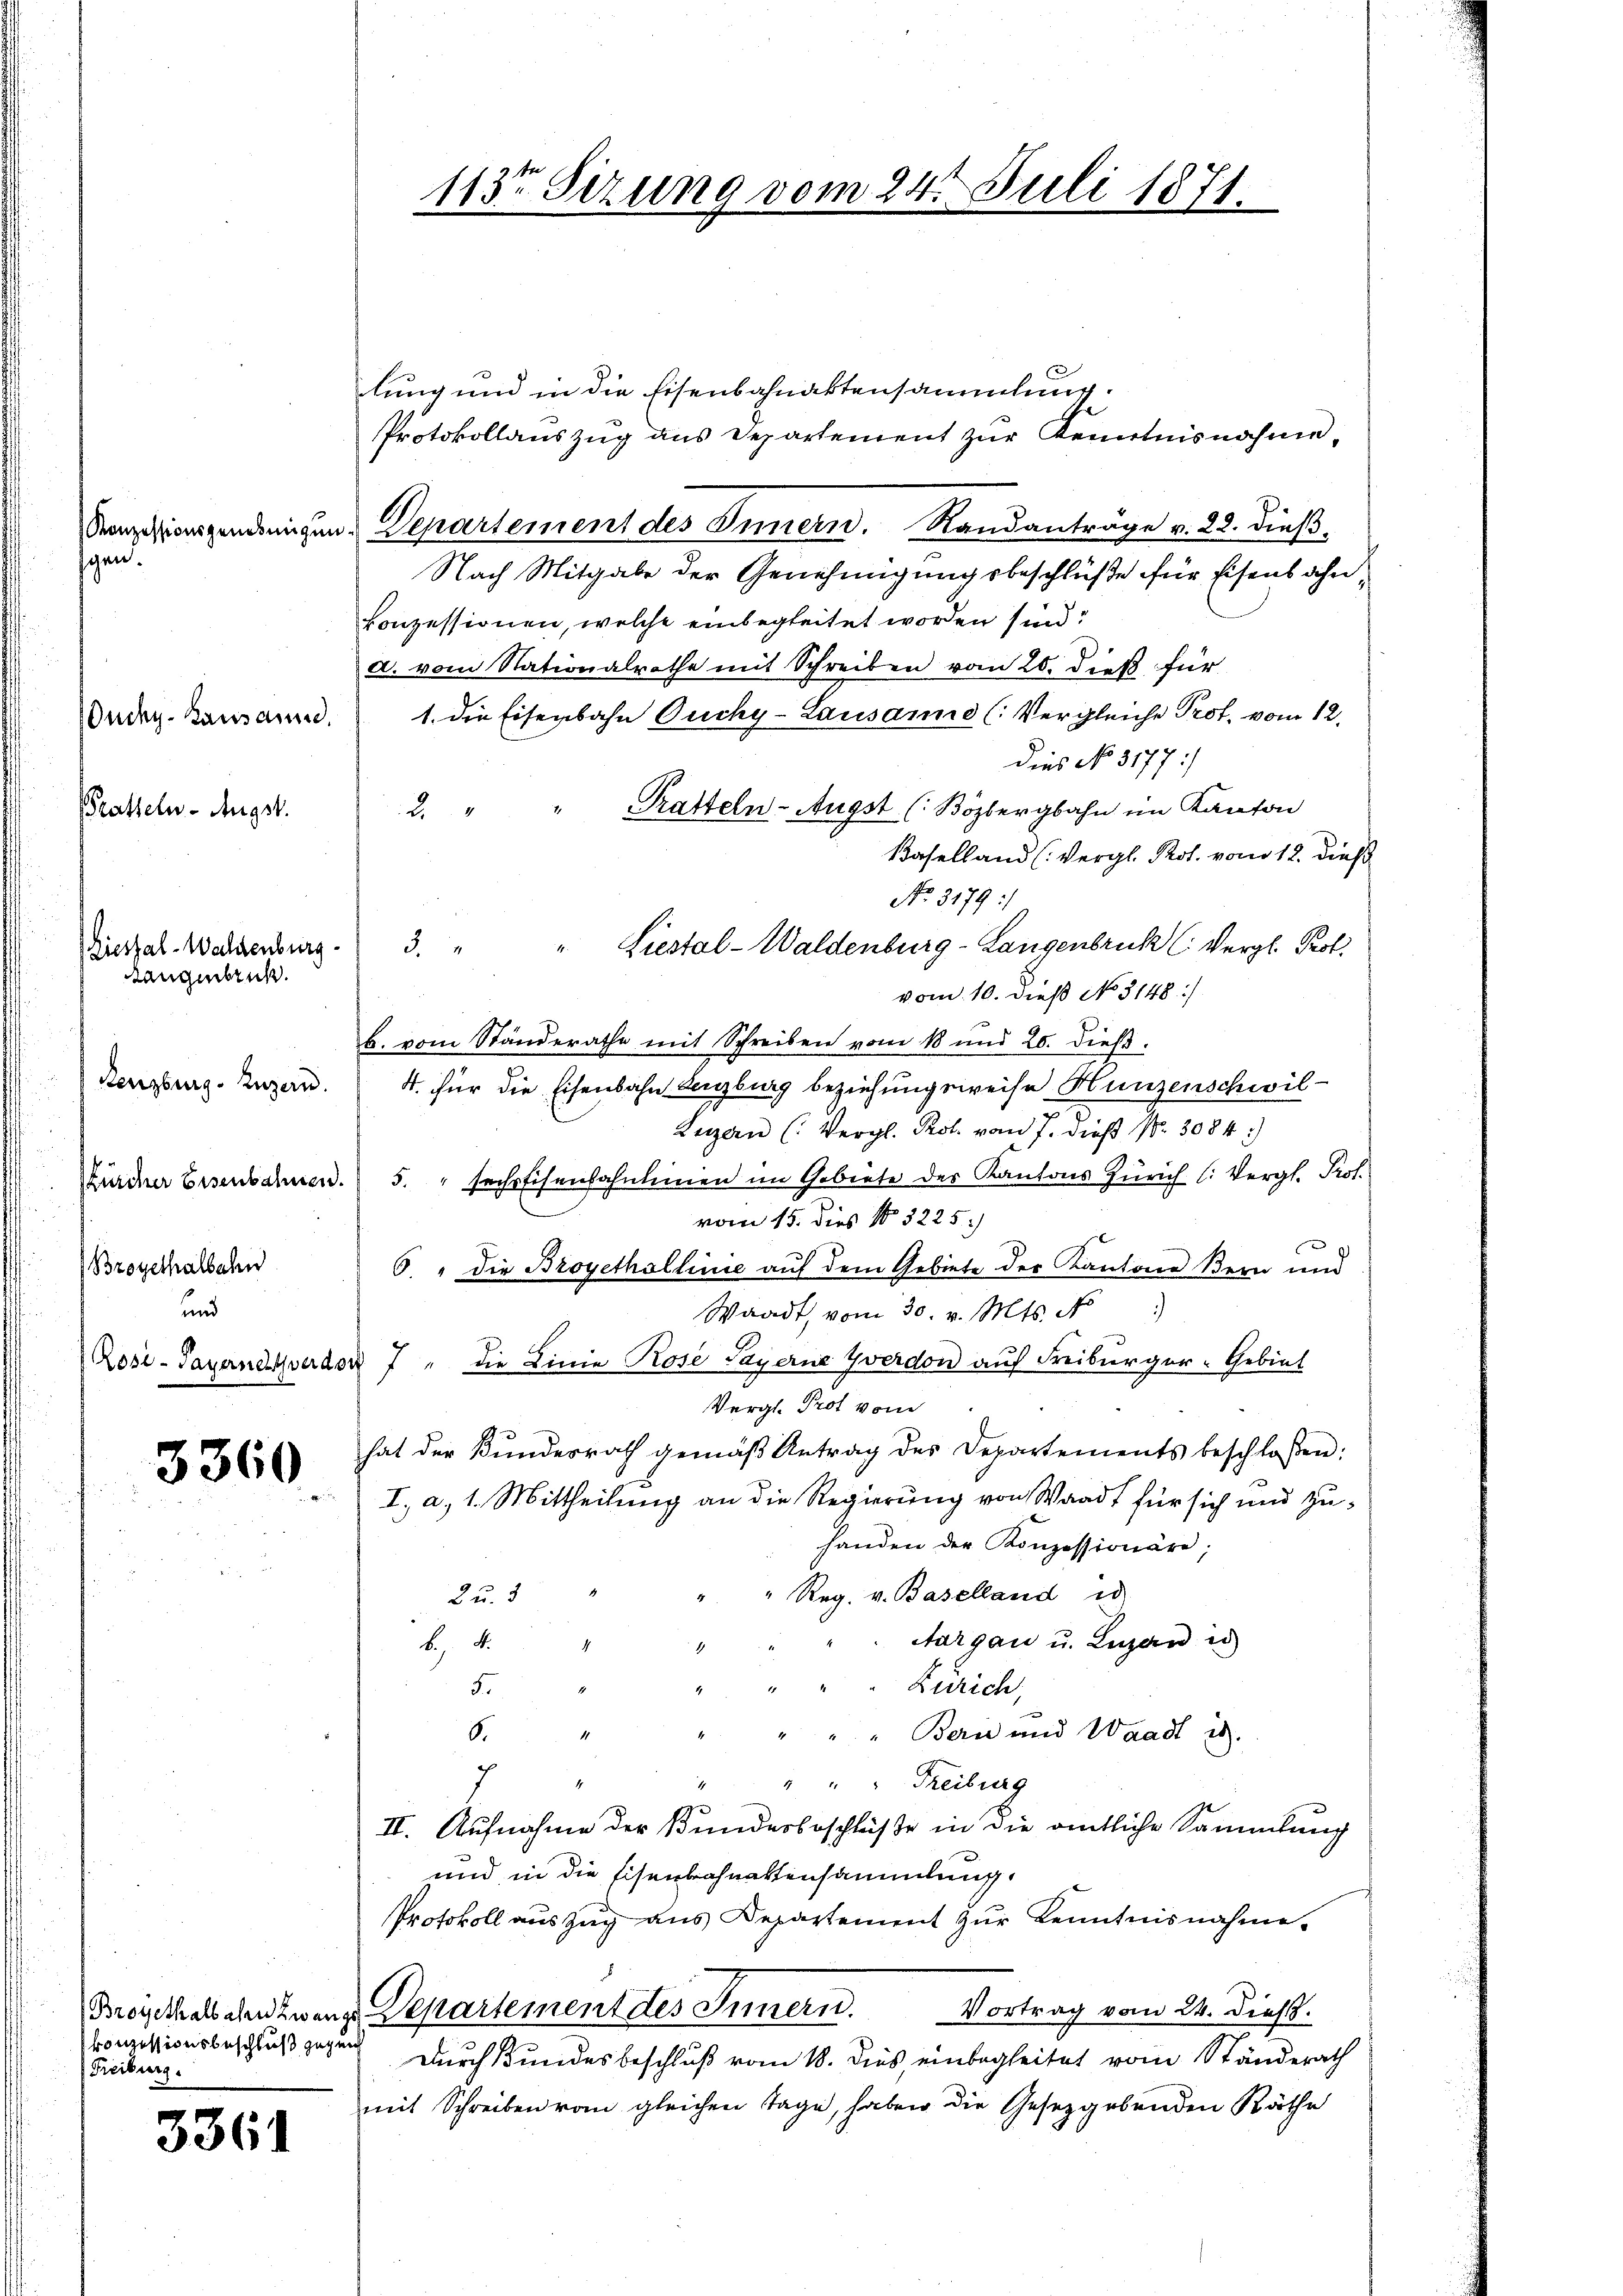
gen.

Ouchy-Lausanne.
Pratteln. Augst.

iestal-Waldenburg.
Laugenbruch.

Lenzburg. Luzern.
Brogethalbahn

3360

konzessionsbeschluß gegung
Freiburg.

3361

lung und in die Eisenbahnaktensammlung.
Protokollauszug aus Departement zur Kenntnisnahme,
Nach Mitgabe der Genehmigungsbeschlüße für Eisenbahnkonzessionen, welche einbegleitet worden sind:
a. vom Stationalrathe mit Schreiben vom 20. dieß für
1. die Eisenbahn Ouchy-Lausanne (Vergleiche Prof. vom 12.
dies No 3177)
" Tratteln-Augst (Bözbergbahn im Kanton
u
Baselland (Vergl. Prot. vom 12. dieß
No. 3179 :/
" Liestal-Waldenburg-Langenbruck (: Vergl. Prof.
8
vom 10. dieß No. 3148:/
b. vom Standerathe mit Schreiben vom 18 und 20. dieß.
4. für die Eisenbahn Lenzburg beziehungsweise Hunzenschwil-
Luzern (: Vergl. Prof. vom 7. dieß Nr. 3084.)
Zürcher Eisenbahnen. 5. " sechs Eisenbahnlinien im Gebiete des Kantons Zürich (: Vergl. Prof.
vom 15. dies No. 3225.)
6. " die Broyethöllinie auf dem Gebiete der Kantone Bern und
Waadt, vom 30. v. Mts. No
Zose-Japanenverdor 7 " die Linie Rose Payerne Yverdon auf Freiburger-Gebiet
Vergl. Prot vom
hat der Bundesrath gemäβ Antrag des Departements beschloßen:
I, a. 1. Mittheilung an die Regierung von Waadt für sich und zuhanden der Konzessionäre;
" Reg. v. Baselland es
Du. 8
Aargau u. Luzen is
be, d.
Zürich,
5.
" " Bern und Waadt is
6.
7
" " Freiburg
II. Aufnahme der Bundesbeschlüße in die amtliche Sammlung
und in die Eisenbahnaktensammlung.
Protokoll auszug aus Departement zŭr Kenntnisnahme.
Brozithalschenzwange Departement des Innern. Vortrag vom 24. dieß.
Durch Bundesbeschluß vom 18. dies, einbegleitet vom Ständerath
mit Schreiben vom gleichen Tage, haben die Gesetzgebenden Räthe

Konzessionszendeigen. Departement des Innern. Randanträge v. 22. dieß.

113t Sezung vom 24. Juli 1871.